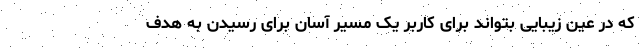
که در عین زیبایی بتواند برای کاربر یک مسیر آسان برای رسیدن به هدف